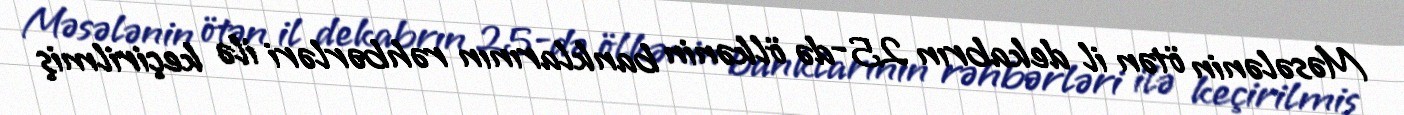
Məsələnin ötən il dekabrın 25-də ölkənin banklarının rəhbərləri ilə keçirilmiş